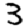
Digit: 3